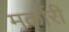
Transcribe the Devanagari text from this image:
मर्कारी